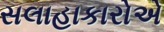
સલાહાકારોએ